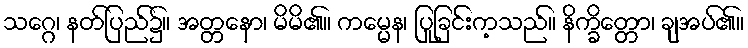
သဂ္ဂေ၊ နတ်ပြည်၌။ အတ္တနော၊ မိမိ၏။ ကမ္မေန၊ ပြုခြင်းက့သည်။ နိက္ခိတ္တော၊ ချအပ်၏။